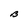
Character: B